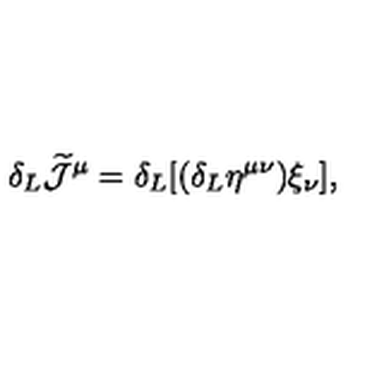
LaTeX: \delta _ { L } \widetilde { \cal J } ^ { \mu } = \delta _ { L } [ ( \delta _ { L } \eta ^ { \mu \nu } ) \xi _ { \nu } ] ,